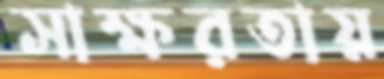
সাক্ষরতায়